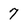
Character: 7